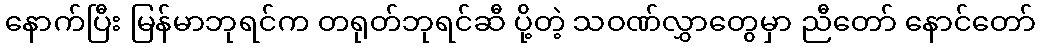
နောက်ပြီး မြန်မာဘုရင်က တရုတ်ဘုရင်ဆီ ပို့တဲ့ သဝဏ်လွှာတွေမှာ ညီတော် နောင်တော်